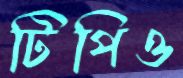
টিপিও